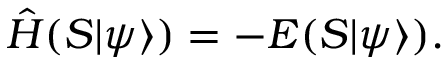
\hat { H } ( { \cal S } | \psi \rangle ) = - E ( { \cal S } | \psi \rangle ) .